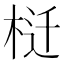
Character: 𰗬